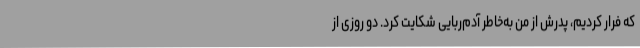
که فرار کردیم، پدرش از من به‌خاطر آدم‌ربایی شکایت کرد. دو روزی از